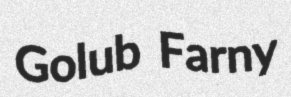
Golub Farny